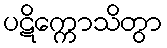
ပဋိက္ကောသိတွာ